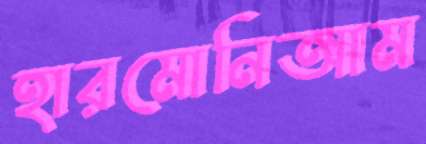
হারমোনিআম